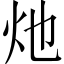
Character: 灺